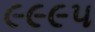
૯૯૯૫